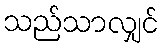
သည်သာလျှင်